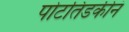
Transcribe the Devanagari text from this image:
पोटतिडकीनं